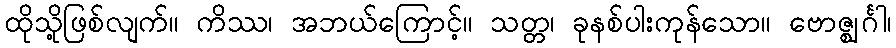
ထိုသို့ဖြစ်လျက်။ ကိဿ၊ အဘယ်ကြောင့်။ သတ္တ၊ ခုနစ်ပါးကုန်သော။ ဗောဇ္ဈင်္ဂါ၊